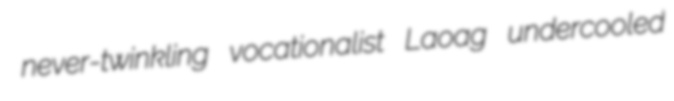
never-twinkling vocationalist Laoag undercooled